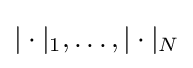
|\cdot |_{1},\ldots ,|\cdot |_{N}